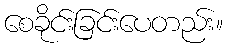
စေခိုင်းခြင်းပေတည်း။